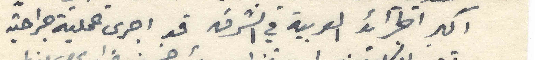
اكبر الجرائد العربية في الشرق قد اجرى عملية جراحية